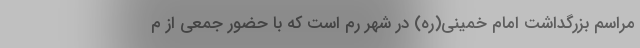
مراسم بزرگداشت امام خمینی‌(ره) در شهر رم است که با حضور جمعی از م